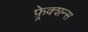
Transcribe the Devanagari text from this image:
फ़्रेक्शन्स